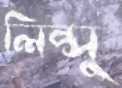
লিপ্সু